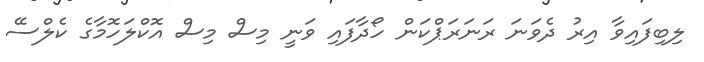
ލިބިފައިވާ އިރު ދެވަނަ ރަނަރަޕްކަން ހޯދާފައި ވަނީ މިސް މިސް އޮކްލަހޮމާގެ ކެލްސޭ